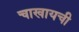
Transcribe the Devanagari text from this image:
चाखायची